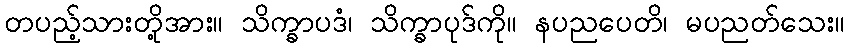
တပည့်သားတို့အား။ သိက္ခာပဒံ၊ သိက္ခာပုဒ်ကို။ နပညပေတိ၊ မပညတ်သေး။